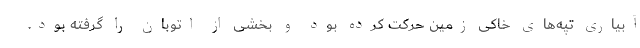
آبیاری تپه‌های خاکی زمین حرکت کرده بود و بخشی از اتوبان را گرفته بود.